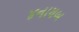
૪નાયબ